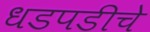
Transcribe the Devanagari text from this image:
धडपडीचे